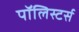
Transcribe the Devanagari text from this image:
पॉलिस्टर्स